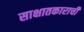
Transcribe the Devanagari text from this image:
साक्षातकाराची